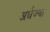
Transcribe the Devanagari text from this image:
अर्धज्या